Indian journal of veterinary science and animal husbandry - Volumes 15-17, 1948-1951
Year: 1948
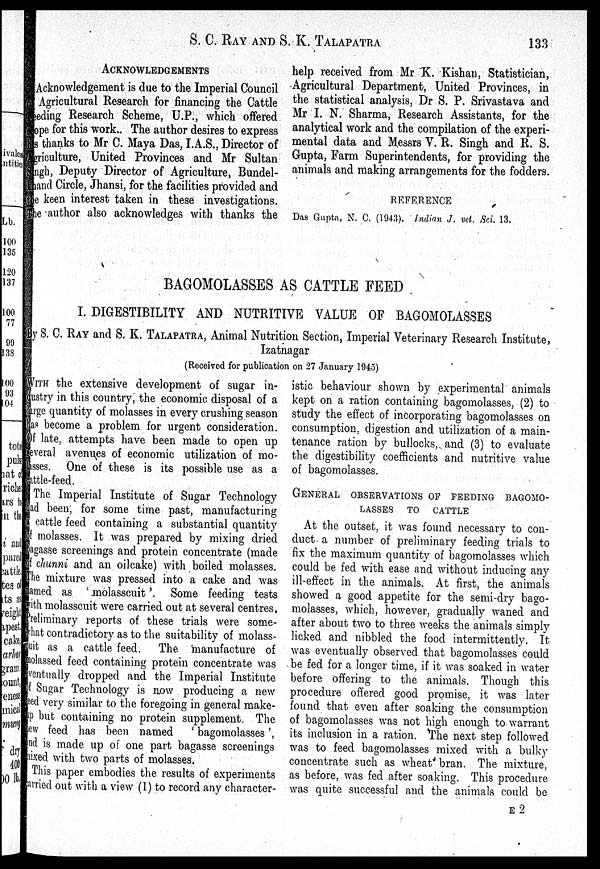
S. C. RAY AND S. K.
TALAPATRA
133
ACKNOWLEDGEMENTS
Acknowledgement is due to the Imperial Council
Agricultural Research for financing the Cattle
feeding Research Scheme, U.P., which offered
scope for this work. The author desires to express
his thanks to Mr C. Maya Das, I.A.S., Director of
Agriculture, United Provinces and Mr Sultan
Singh, Deputy Director of Agriculture, Bundel¬
khand Circle, Jhansi, for the facilities provided and
the keen interest taken in these investigations.
The author also acknowledges with thanks the
help received from Mr K. Kishan, Statistician,
Agricultural Department, United Provinces, in
the statistical analysis, Dr S. P. Srivastava and
Mr I. N. Sharma, Research Assistants, for the
analytical work and the compilation of the experi-
mental data and Messrs V. R. Singh and R. S.
Gupta, Farm Superintendents, for providing the
animals and making arrangements for the fodders.
REFERENCE
Das Gupta, N. C. (1943). Indian J. vet. Sci. 13.
BAGOMOLASSES AS CATTLE FEED
I. DIGESTIBILITY AND NUTRITIVE VALUE OF BAGOMOLASSES
By S. C. RAY and S. K. TALAPATRA, Animal Nutrition Section, Imperial Veterinary Research Institute,
Izatnagar
(Received for publication on 27 January 1945)
WITH the extensive development of sugar in-
dustry in this country, the economic disposal of a
large quantity of molasses in every crushing season
has become a problem for urgent consideration.
Of late, attempts have been made to open up
several avenues of economic utilization of mo-
lasses. One of these is its possible use as a
cattle-feed.
The Imperial Institute of Sugar Technology
had been, for some time past, manufacturing
a cattle feed containing a substantial quantity
of molasses. It was prepared by mixing dried
bagasse screenings and protein concentrate (made
of chunni and an oilcake) with boiled molasses.
The mixture was pressed into a cake and was
named as 'molasscuit'. Some feeding tests
with molasscuit were carried out at several centres.
Preliminary reports of these trials were some-
what contradictory as to the suitability of molass-
unit as a cattle feed. The manufacture of
molassed feed containing protein concentrate was
eventually dropped and the Imperial Institute
of Sugar Technology is now producing a new
feed very similar to the foregoing in general make-
up but containing no protein supplement. The
new feed has been named
'bagomolasses',
and is made up of one part bagasse screenings
mixed with two parts of molasses.
This paper embodies the results of experiments
carried out with a view (1) to record any character¬
istic behaviour shown by experimental animals
kept on a ration containing bagomolasses, (2) to
study the effect of incorporating bagomolasses on
consumption, digestion and utilization of a main-
tenance ration by bullocks, and (3) to evaluate
the digestibility coefficients and nutritive value
of bagomolasses.
GENERAL OBSERVATIONS OF FEEDING BAGOMO-
------ TO CATTLE
At the outset, it was found necessary to con-
duct a number of preliminary feeding trials to
fix the maximum quantity of bagomolasses which
could be fed with ease and without inducing any
ill-effect in the animals. At first, the animals
showed a good appetite for the semi-dry bago-
molasses, which, however, gradually waned and
after about two to three weeks the animals simply
licked and nibbled the food intermittently. It
was eventually observed that bagomolasses could
be fed for a longer time, if it was soaked in water
before offering to the animals. Though this
procedure offered good promise, it was later
found that even after soaking the consumption
of bagomolasses was not high enough to warrant
its inclusion in a ration. The next step followed
was to feed bagomolasses mixed with a bulky
concentrate such as wheat bran. The mixture,
as before, was fed after soaking. This procedure
was quite successful and the animals could be
E2